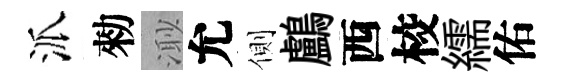
派勑𣺌允側鸕西校繻佑